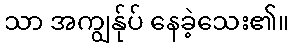
သာ အကျွန်ုပ် နေခဲ့သေး၏။